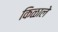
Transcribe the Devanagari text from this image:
किळाले